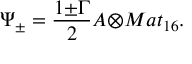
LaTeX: { \Psi } _ { \pm } = \frac { 1 { \pm } { \Gamma } } { 2 } { \cal A } { \otimes } M a t _ { 1 6 } .